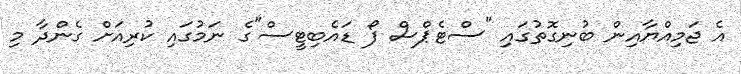
އެ ޖަމިއްޔާއިން ބުނިގޮތުގައި "ސްޓެޕްސް ފޯ ޑައެބިޓީސް"ގެ ނަމުގައި ކުރިއަށް ގެންދާ މި